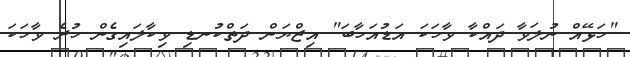
"ހަޅޭއް ނުލަވާ ދައްކާ ވާހަކަ އަޑުއަހާބަ" އިޒްޔަން ދަތްކުނޑި ވިކާލައިގެން ހުރެ ވާހަކަ